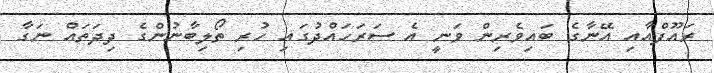
ރައޫފްއާއި އޭނާގެ ބައިވެރިން ވަނީ އެ ސަރަހައްދުގައި ހުރި ތޯލިބާނުންގެ ދިދަތައް ނަގާ